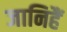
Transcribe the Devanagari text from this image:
जानिहैं